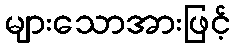
များသောအားဖြင့်